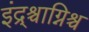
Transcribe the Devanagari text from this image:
इंद्र्श्चाग्निश्च